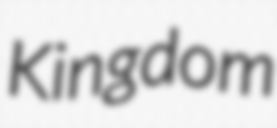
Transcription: Kingdom